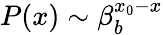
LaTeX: P(x)\sim\beta_{b}^{x_{0}-x}